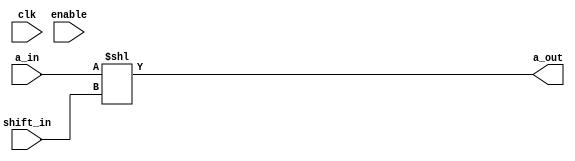
`timescale 1ns/1ns

module Rotl #(
	parameter DATA_WIDTH = 256
)(
	input clk,
	input enable,
	input [DATA_WIDTH-1:0] a_in,
	input [DATA_WIDTH-1:0] shift_in,
	output [DATA_WIDTH-1:0] a_out
);

parameter WIDTH = DATA_WIDTH - 1;

wire [DATA_WIDTH-1:0] a_rev;

genvar i;

assign a_out = a_in << shift_in;

//Rotr #(.DATA_WIDTH(DATA_WIDTH)) rotr (.clk(clk), .enable(enable), .a_in(a_rev), .shift_in(shift_in), .a_out(a_rev));

//assign a_out = {a_rev[255:192], a_rev[191:128], a_rev[127:64], a_rev[63:0]};
//assign a_out = {a_in[255:192], a_in[191:128], a_in[127:64], a_in[63:0]};

/*Bitreverse #(.DATA_WIDTH(DATA_WIDTH)) bitrev (.clk(clk), .enable(enable), .a_in(a_in), .a_rev(a_rev));
Rotr #(.DATA_WIDTH(DATA_WIDTH)) rotr (.clk(clk), .enable(enable), .a_in(a_rev), .shift_in(shift_in), .a_out(a_out));*/

/*
Mux_256x1  mux_1(.clk(clk), .sel(WIDTH - shift_in[7:0]), .a_in(a_in), .out(a_out[DATA_WIDTH-1]));
Mux_256x1  mux_2(.clk(clk), .sel(WIDTH - shift_in[7:0]), .a_in({a_in[DATA_WIDTH-2:0],a_in[DATA_WIDTH-1]}), .out(a_out[DATA_WIDTH-2]));


generate for(i = 3; i <= DATA_WIDTH; i = i + 1) begin : loop
	
	Mux_256x1  mux_3(.clk(clk), .sel(WIDTH - shift_in[7:0]), .a_in({a_in[DATA_WIDTH-i:0],a_in[DATA_WIDTH-1: DATA_WIDTH-i+1]}), .out(a_out[DATA_WIDTH-i]));

end

endgenerate
*/

endmodule